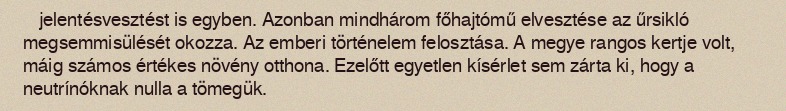
jelentésvesztést is egyben. Azonban mindhárom főhajtómű elvesztése az űrsikló megsemmisülését okozza. Az emberi történelem felosztása. A megye rangos kertje volt, máig számos értékes növény otthona. Ezelőtt egyetlen kísérlet sem zárta ki, hogy a neutrínóknak nulla a tömegük.